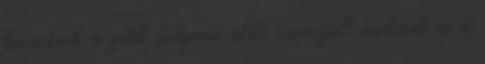
bécsieknek a játék folyama alatt tapasztalt modorát és a